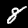
Label: 8